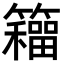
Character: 𮆹